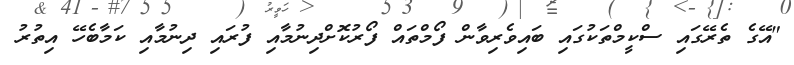
"އޭގެ ތެރޭގައި ސްކީމްތަކުގައި ބައިވެރިވާން ފޯމްތައް ފޯރުކޮށްދިނުމާއި ފުރައި ދިނުމާއި ކަމާބެހޭ އިތުރު